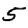
Digit: 5